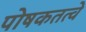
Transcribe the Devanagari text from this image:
पोषकतत्वे